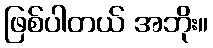
ဖြစ်ပါတယ် အဘိုး။